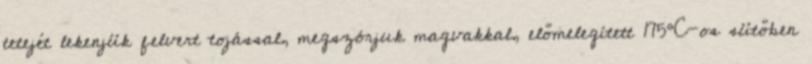
tetejét lekenjük felvert tojással, megszórjuk magvakkal, előmelegített 175°C-os sütőben